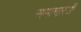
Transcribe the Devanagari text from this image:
समाचारत्रों